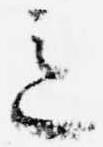
意